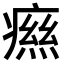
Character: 𤹎